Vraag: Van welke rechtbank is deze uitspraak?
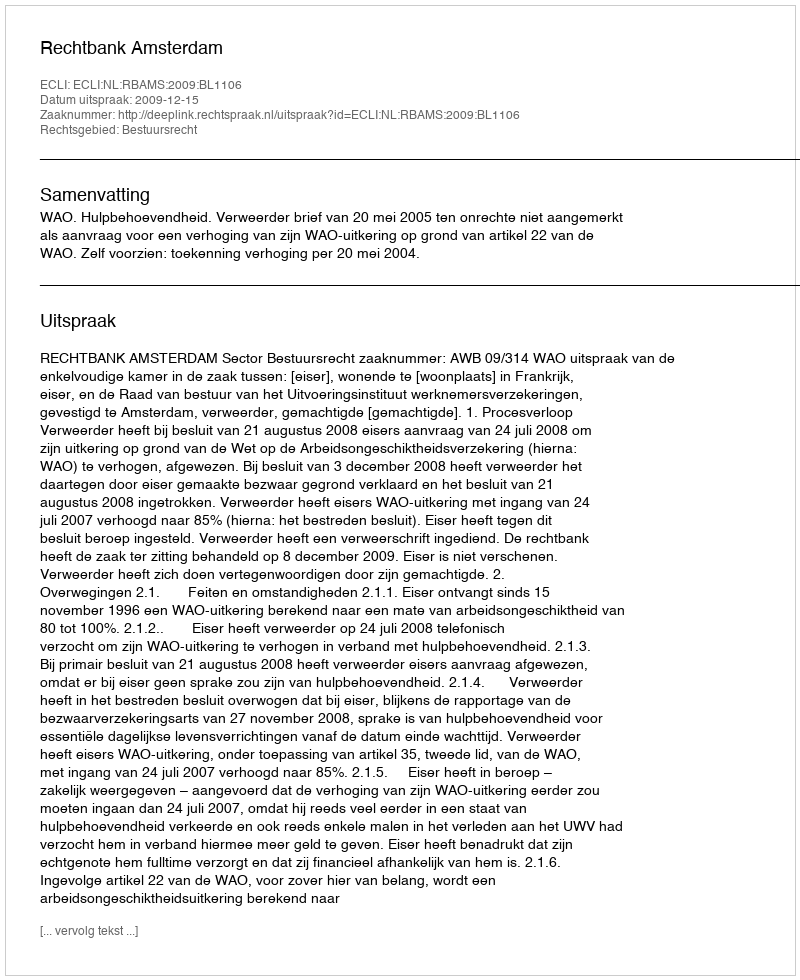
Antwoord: Rechtbank Amsterdam